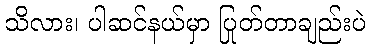
သိလား၊ ပါဆင်နယ်မှာ ပြုတ်တာချည်းပဲ